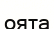
оята